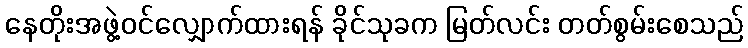
နေတိုးအဖွဲ့ဝင်လျှောက်ထားရန် ခိုင်သုခက မြတ်လင်း တတ်စွမ်းစေသည်